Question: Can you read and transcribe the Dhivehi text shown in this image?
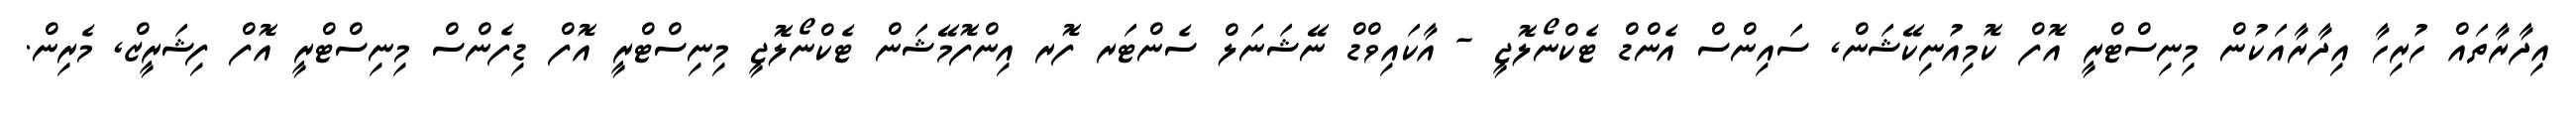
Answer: އިދާރާތައް ހުރިހާ އިދާރާއަކުން މިނިސްޓްރީ އޮފް ކޮމިއުނިކޭޝަން, ސައިންސް އެންޑް ޓެކްނޯލޮޖީ - އާކައިވްޑް ނޭޝަނަލް ސެންޓަރ ފޮރ އިންފޮމޭޝަން ޓެކްނޯލޮޖީ މިނިސްޓްރީ އޮފް ޑިފެންސް މިނިސްޓްރީ އޮފް ފިޝަރީޒް, މެރިން.